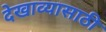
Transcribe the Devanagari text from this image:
देखाव्यासाठी